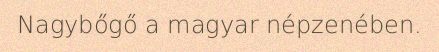
Nagybőgő a magyar népzenében.